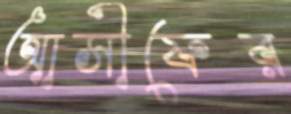
আসীফের